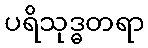
ပရိသုဒ္ဓတရာ